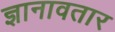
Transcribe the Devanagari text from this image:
ज्ञानावतार